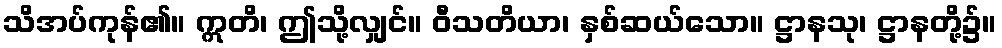
သိအပ်ကုန်၏။ ဣတိ၊ ဤသို့လျှင်။ ဝီသတိယာ၊ နှစ်ဆယ်သော။ ဋ္ဌာနသု၊ ဋ္ဌာနတို့၌။